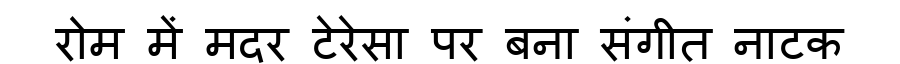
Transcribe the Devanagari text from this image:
रोम में मदर टेरेसा पर बना संगीत नाटक